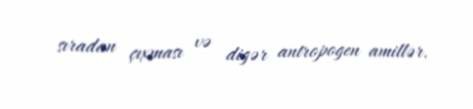
sıradan çıxması və digər antropogen amillər.